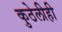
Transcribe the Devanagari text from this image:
कुठेलीही